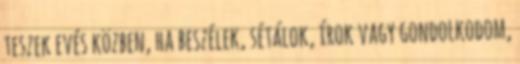
teszek evés közben, ha beszélek, sétálok, írok vagy gondolkodom,